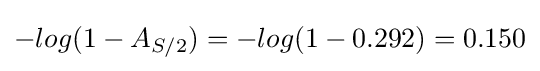
-log(1-A_{S/2})=-log(1-0.292)=0.150